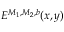
E ^ { \boldsymbol { M } _ { 1 } , \boldsymbol { M } _ { 2 } , \boldsymbol { b } } ( \boldsymbol { x } , \boldsymbol { y } )